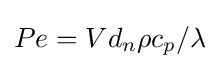
Pe=Vd_{n}\rho c_{p}/\lambda